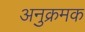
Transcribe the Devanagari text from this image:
अनुक्रमक